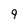
Character: 9